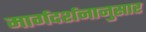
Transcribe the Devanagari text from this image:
मार्गदर्शनानुसार